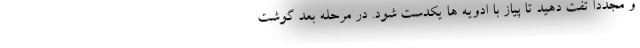
و مجددا تفت دهید تا پیاز با ادویه ها یکدست شود. در مرحله بعد گوشت